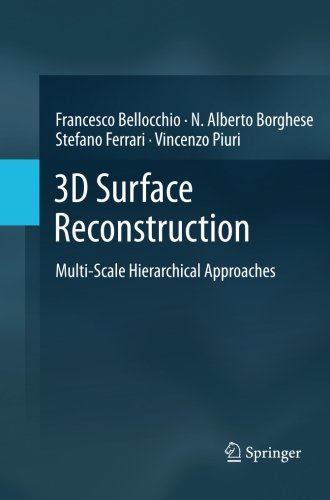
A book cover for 3D Surface Reconstruction: Multi-Scale Hierarchical Approaches; Francesco Bellocchio; Computers & Technology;